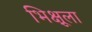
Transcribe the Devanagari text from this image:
भिक्षूला